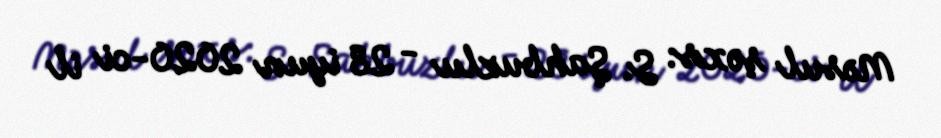
Məsul şəxs: S. Şahbuzlu - 28 iyun 2020-ci il